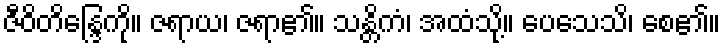
ဇီဝိတိန္ဒြေကို။ ဇရာယ၊ ဇရာ၏။ သန္တိကံ၊ အထံသို့။ ပေသေသိ၊ စေ၏။